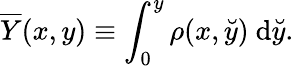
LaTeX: \overline{{Y}}(x,y)\equiv\int_{0}^{y}\rho(x,\breve{y})\ \mathrm{d}\breve{y}.